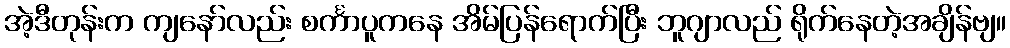
အဲ့ဒီတုန်းက ကျနော်လည်း စင်္ကာပူကနေ အိမ်ပြန်ရောက်ပြီး ဘူဂျာလည် ရိုက်နေတဲ့အချိန်ဗျ။